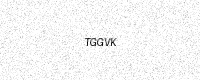
Text: TGGVK